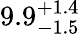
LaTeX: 9.9_{-1.5}^{+1.4}